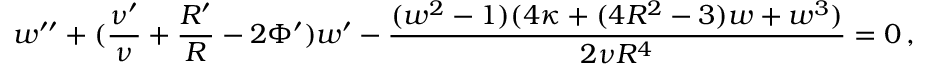
w ^ { \prime \prime } + ( \frac { \nu ^ { \prime } } { \nu } + \frac { R ^ { \prime } } { R } - 2 \Phi ^ { \prime } ) w ^ { \prime } - \frac { ( w ^ { 2 } - 1 ) ( 4 \kappa + ( 4 R ^ { 2 } - 3 ) w + w ^ { 3 } ) } { 2 \nu R ^ { 4 } } = 0 \, ,